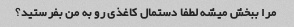
مرا ببخش میشه لطفا دستمال کاغذی رو به من بفرستید؟